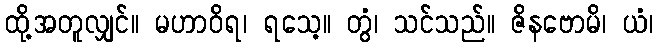
ထို့အတူလျှင်။ မဟာဝိရ၊ ရသေ့။ တွံ၊ သင်သည်။ ဇိနဗောမိ၊ ယံ၊